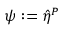
\psi : = \hat { \eta } ^ { P }